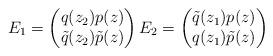
LaTeX: \begin{align*}E_1 = \begin{pmatrix} q(z_2)p(z) \\ \tilde{q}(z_2) \tilde{p}(z) \end{pmatrix} E_2 = \begin{pmatrix} \tilde{q}(z_1) p(z) \\ q(z_1) \tilde{p}(z) \end{pmatrix}\end{align*}